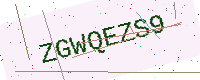
Text: ZGWQEZS9